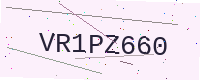
Text: VR1PZ660